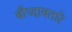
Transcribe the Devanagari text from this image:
बौध्दावतारे